Source: Handwritten
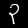
Digit: ၃ (3)